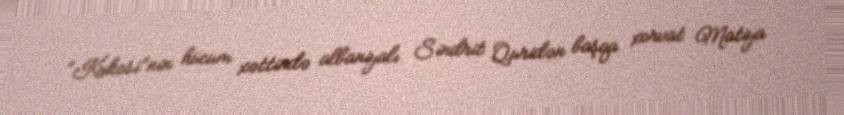
“Kukesi”nin hücum xəttində albaniyalı Sindrit Quridən başqa xorvat Matiya